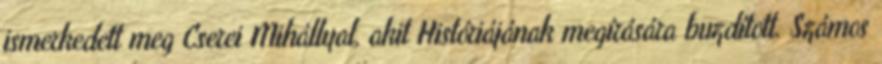
ismerkedett meg Cserei Mihállyal, akit Históriájának megírására buzdított. Számos